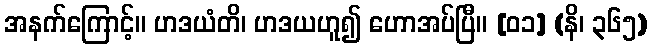
အနက်ကြောင့်။ ဟဒယံတိ၊ ဟဒယဟူ၍ ဟောအပ်ပြီ။ [၀၁] (နိ၊ ၃၆၅)